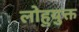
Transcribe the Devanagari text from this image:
लोहुयुक्त